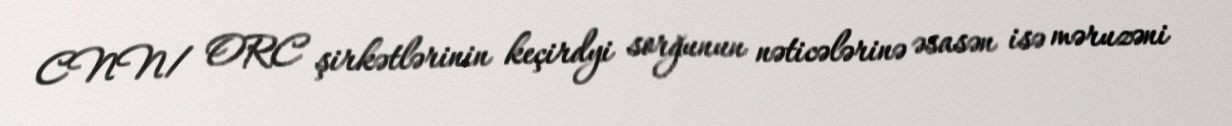
CNN/ ORC şirkətlərinin keçirdyi sorğunun nəticələrinə əsasən isə məruzəni